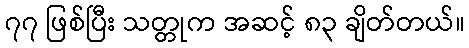
၇၇ ဖြစ်ပြီး သတ္တုက အဆင့် ၈၃ ချိတ်တယ်။